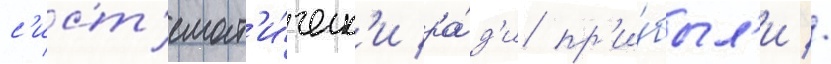
с'ист'емат'и́ческ'и ра́д'и пр'и́был'и //